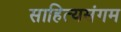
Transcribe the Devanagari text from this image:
साहित्यसंगम